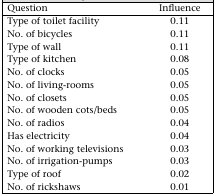
| Question | Influence |
 | --- | --- |
 | Type of toilet facility | 0.11 |
 | No. of bicycles | 0.11 |
 | Type of wall | 0.11 |
 | Type of kitchen | 0.08 |
 | No. of clocks | 0.05 |
 | No. of living-rooms | 0.05 |
 | No. of closets | 0.05 |
 | No. of wooden cots/beds | 0.05 |
 | No. of radios | 0.04 |
 | Has electricity | 0.04 |
 | No. of working televisions | 0.03 |
 | No. of irrigation-pumps | 0.03 |
 | Type of roof | 0.02 |
 | No. of rickshaws | 0.01 |